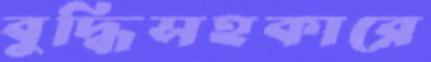
বুদ্ধিসহকারে